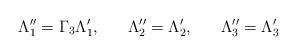
LaTeX: \begin{align*}\Lambda^{\prime \prime}_1 = \Gamma_3 \Lambda^\prime_1, \; \; \; \; \; \;\Lambda^{\prime \prime}_2 = \Lambda^\prime_2, \; \; \; \; \; \;\Lambda^{\prime \prime}_3 = \Lambda^\prime_3\end{align*}